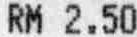
RM 2.50